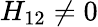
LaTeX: {{H}_{12}}\ne 0